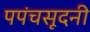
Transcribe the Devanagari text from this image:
पपंचसूदनी